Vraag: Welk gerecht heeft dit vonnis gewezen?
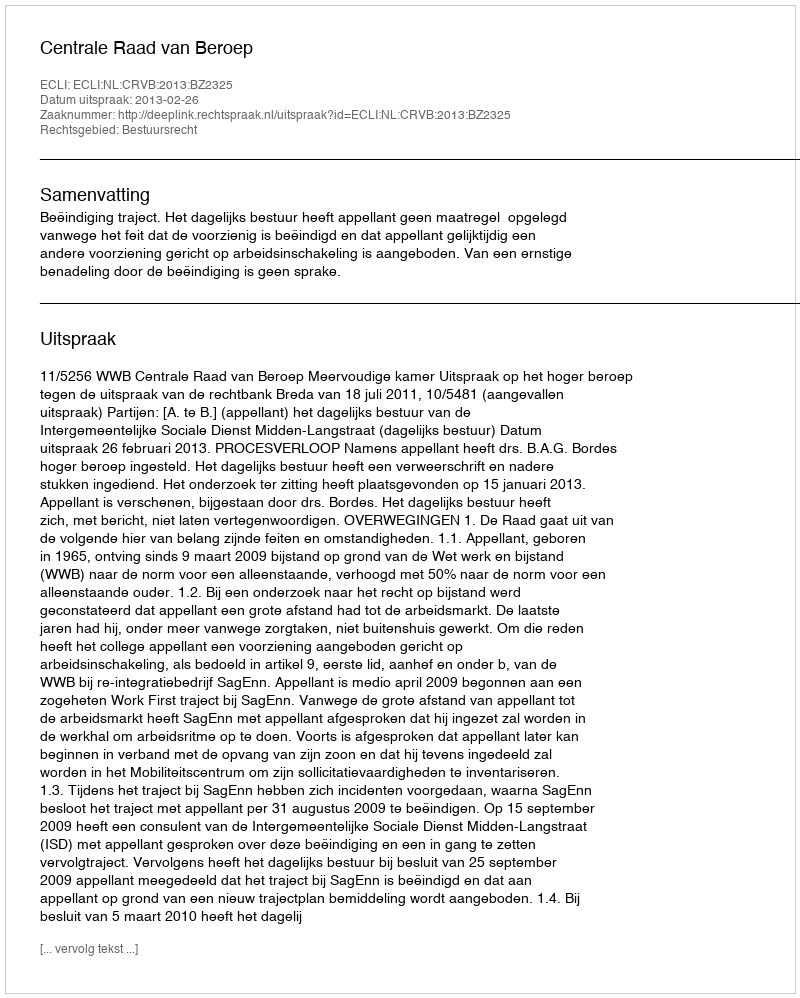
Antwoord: Centrale Raad van Beroep